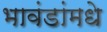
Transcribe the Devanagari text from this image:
भावंडांमधे